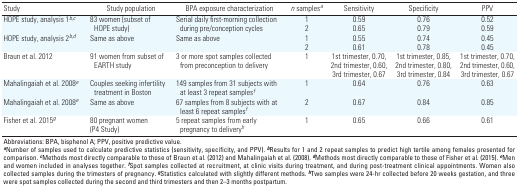
<table><thead><tr><td><b>Study</b></td><td><b>Study population</b></td><td><b>BPA exposure characterization</b></td><td><b><i>n</i> samples<sup><i>a</i></sup></b></td><td><b>Sensitivity</b></td><td><b>Specificity</b></td><td><b>PPV</b></td></tr></thead><tbody><tr><td><b>HOPE study, analysis 1<sup><i>b</i></sup><sup>,</sup><sup><i>c</i></sup></b></td><td>83 women (subset of HOPE study)</td><td>Serial daily first-morning collection during pre/conception cycles</td><td>1 2</td><td>0.59 0.65</td><td>0.76 0.79</td><td>0.52 0.59</td></tr><tr><td><b>HOPE study, analysis 2<sup><i>b</i></sup><sup>,</sup><sup><i>d</i></sup></b></td><td>Same as above</td><td>Same as above</td><td>1 2</td><td>0.55 0.61</td><td>0.74 0.78</td><td>0.45 0.45</td></tr><tr><td><b>Braun et al. 2012</b></td><td>91 women from subset of EARTH study</td><td>3 or more spot samples collected from preconception to delivery</td><td>1</td><td>1st trimester, 0.70, 2nd trimester, 0.60, 3rd trimester, 0.67</td><td>1st trimester, 0.85, 2nd trimester, 0.80, 3rd trimester, 0.84</td><td>1st trimester, 0.70, 2nd trimester, 0.60, 3rd trimester, 0.67</td></tr><tr><td><b>Mahalingaiah et al. 2008<sup><i>e</i></sup></b></td><td>Couples seeking infertility treatment in Boston</td><td>149 samples from 31 subjects with at least 3 repeat samples<sup><i>f</i></sup></td><td>1</td><td>0.64</td><td>0.76</td><td>0.63</td></tr><tr><td><b>Mahalingaiah et al. 2008<sup><i>e</i></sup></b></td><td>Same as above</td><td>67 samples from 8 subjects with at least 6 repeat samples<sup><i>f</i></sup></td><td>2</td><td>0.67</td><td>0.84</td><td>0.85</td></tr><tr><td><b>Fisher et al. 2015<sup><i>g</i></sup></b></td><td>80 pregnant women (P4 Study)</td><td>5 repeat samples from early pregnancy to delivery<sup><i>h</i></sup></td><td>1</td><td>0.65</td><td>0.66</td><td>0.61</td></tr><tr><td colspan="7">Abbreviations: BPA, bisphenol A; PPV, positive predictive value. <sup><i><b>a</b></i></sup>Number of samples used to calculate predictive statistics (sensitivity, specificity, and PPV). <sup><i><b>b</b></i></sup>Results for 1 and 2 repeat samples to predict high tertile among females presented for comparison. <sup><i><b>c</b></i></sup>Methods most directly comparable to those of Braun et al. (2012) and Mahalingaiah et al. (2008). <sup><i><b>d</b></i></sup>Methods most directly comparable to those of Fisher et al. (2015). <sup><i><b>e</b></i></sup>Men and women included in analyses together. <sup><i><b>f</b></i></sup>Spot samples collected at recruitment, at clinic visits during treatment, and during post-treatment clinical appointments. Women also collected samples during the trimesters of pregnancy. <sup><i><b>g</b></i></sup>Statistics calculated with slightly different methods. <sup><i><b>h</b></i></sup>Two samples were 24-hr collected before 20 weeks gestation, and three were spot samples collected during the second and third trimesters and then 2–3 months postpartum.</td></tr></tbody></table>